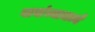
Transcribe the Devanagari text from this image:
गावांच्यामध्ये